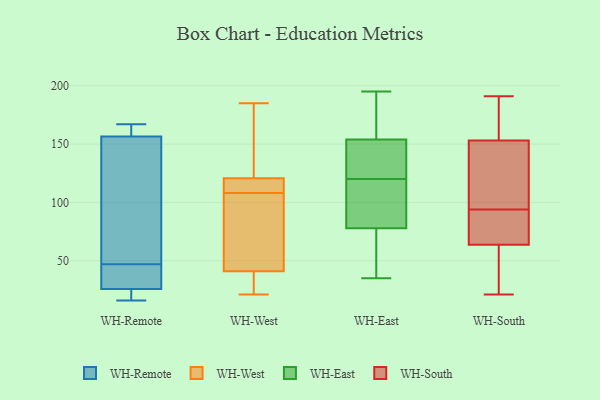
{"axis": {"x": "Budget (USD K)", "y": "Value"}, "legend": ["WH-East", "WH-Remote", "WH-South", "WH-West"], "data": [{"x": "", "y": 47, "type": "WH-Remote"}, {"x": "", "y": 159, "type": "WH-Remote"}, {"x": "", "y": 101, "type": "WH-Remote"}, {"x": "", "y": 16, "type": "WH-Remote"}, {"x": "", "y": 158, "type": "WH-Remote"}, {"x": "", "y": 152, "type": "WH-Remote"}, {"x": "", "y": 167, "type": "WH-Remote"}, {"x": "", "y": 47, "type": "WH-Remote"}, {"x": "", "y": 19, "type": "WH-Remote"}, {"x": "", "y": 43, "type": "WH-Remote"}, {"x": "", "y": 20, "type": "WH-Remote"}, {"x": "", "y": 21, "type": "WH-West"}, {"x": "", "y": 86, "type": "WH-West"}, {"x": "", "y": 113, "type": "WH-West"}, {"x": "", "y": 145, "type": "WH-West"}, {"x": "", "y": 153, "type": "WH-West"}, {"x": "", "y": 22, "type": "WH-West"}, {"x": "", "y": 114, "type": "WH-West"}, {"x": "", "y": 110, "type": "WH-West"}, {"x": "", "y": 41, "type": "WH-West"}, {"x": "", "y": 185, "type": "WH-West"}, {"x": "", "y": 108, "type": "WH-West"}, {"x": "", "y": 41, "type": "WH-West"}, {"x": "", "y": 123, "type": "WH-West"}, {"x": "", "y": 43, "type": "WH-West"}, {"x": "", "y": 30, "type": "WH-West"}, {"x": "", "y": 35, "type": "WH-East"}, {"x": "", "y": 50, "type": "WH-East"}, {"x": "", "y": 79, "type": "WH-East"}, {"x": "", "y": 184, "type": "WH-East"}, {"x": "", "y": 195, "type": "WH-East"}, {"x": "", "y": 128, "type": "WH-East"}, {"x": "", "y": 82, "type": "WH-East"}, {"x": "", "y": 68, "type": "WH-East"}, {"x": "", "y": 80, "type": "WH-East"}, {"x": "", "y": 144, "type": "WH-East"}, {"x": "", "y": 195, "type": "WH-East"}, {"x": "", "y": 191, "type": "WH-East"}, {"x": "", "y": 131, "type": "WH-East"}, {"x": "", "y": 138, "type": "WH-East"}, {"x": "", "y": 120, "type": "WH-East"}, {"x": "", "y": 116, "type": "WH-East"}, {"x": "", "y": 74, "type": "WH-East"}, {"x": "", "y": 157, "type": "WH-South"}, {"x": "", "y": 124, "type": "WH-South"}, {"x": "", "y": 102, "type": "WH-South"}, {"x": "", "y": 42, "type": "WH-South"}, {"x": "", "y": 178, "type": "WH-South"}, {"x": "", "y": 29, "type": "WH-South"}, {"x": "", "y": 69, "type": "WH-South"}, {"x": "", "y": 62, "type": "WH-South"}, {"x": "", "y": 21, "type": "WH-South"}, {"x": "", "y": 141, "type": "WH-South"}, {"x": "", "y": 94, "type": "WH-South"}, {"x": "", "y": 92, "type": "WH-South"}, {"x": "", "y": 191, "type": "WH-South"}, {"x": "", "y": 174, "type": "WH-South"}, {"x": "", "y": 80, "type": "WH-South"}]}